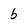
Character: b